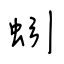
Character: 蚓